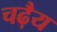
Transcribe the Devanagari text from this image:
चढ़ैय